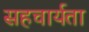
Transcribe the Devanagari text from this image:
सहचार्यता